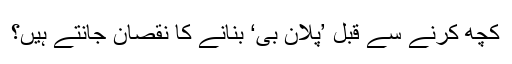
کچھ کرنے سے قبل ’پلان بی‘ بنانے کا نقصان جانتے ہیں؟